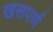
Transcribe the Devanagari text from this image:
खसपर्ण